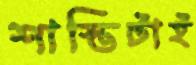
শাস্তিটাই